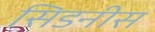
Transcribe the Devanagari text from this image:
सिडनीस